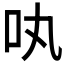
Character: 𠮬